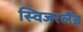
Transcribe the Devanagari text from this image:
स्विजरलैंड